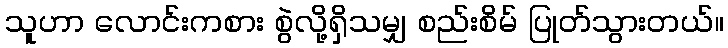
သူဟာ လောင်းကစား စွဲလို့ရှိသမျှ စည်းစိမ် ပြုတ်သွားတယ်။